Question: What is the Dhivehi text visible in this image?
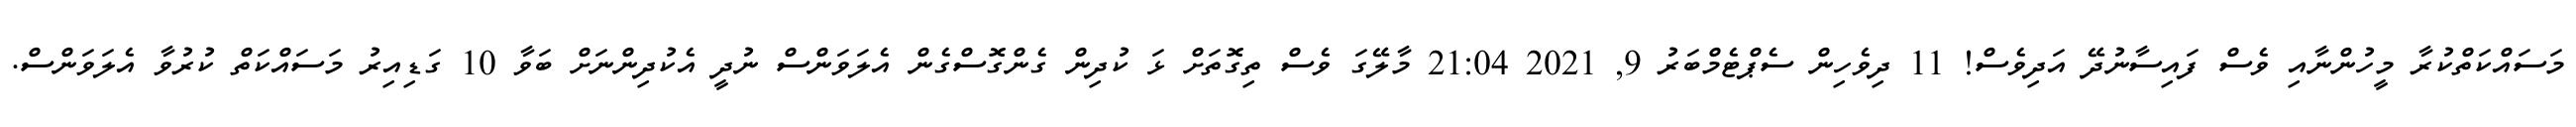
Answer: މަސައްކަތްކުރާ މީހުންނާއި ވެސް ފައިސާނުދޭ އަދިވެސް! 11 ދިވެހިން ސެޕްޓެމްބަރު 9, 2021 21:04 މާލޭގަ ވެސް ތިގޮތަށް ޅަ ކުދިން ގެންގޮސްގެން އެލަވަންސް ނުދީ އެކުދިންނަށް ބަވާ 10 ގަޑިއިރު މަސައްކަތް ކުރުވާ އެލަވަންސް.